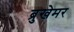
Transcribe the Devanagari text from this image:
ब्रुखेमर